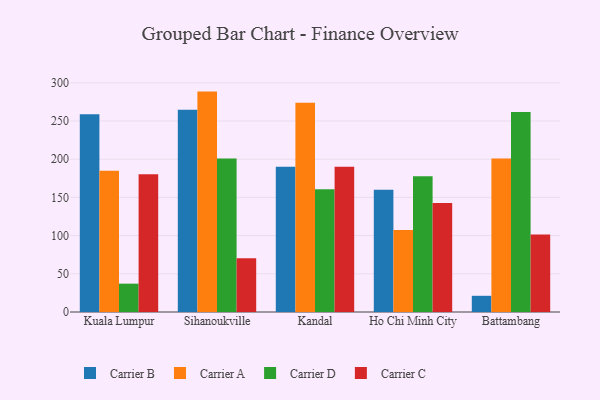
{"axis": {"x": "City", "y": "Inventory Turnover"}, "legend": ["Carrier A", "Carrier B", "Carrier C", "Carrier D"], "data": [{"x": "Kuala Lumpur", "y": 258.9, "type": "Carrier B"}, {"x": "Kuala Lumpur", "y": 184.8, "type": "Carrier A"}, {"x": "Kuala Lumpur", "y": 37.1, "type": "Carrier D"}, {"x": "Kuala Lumpur", "y": 180.4, "type": "Carrier C"}, {"x": "Sihanoukville", "y": 264.8, "type": "Carrier B"}, {"x": "Sihanoukville", "y": 288.5, "type": "Carrier A"}, {"x": "Sihanoukville", "y": 200.9, "type": "Carrier D"}, {"x": "Sihanoukville", "y": 70.3, "type": "Carrier C"}, {"x": "Kandal", "y": 190.0, "type": "Carrier B"}, {"x": "Kandal", "y": 273.8, "type": "Carrier A"}, {"x": "Kandal", "y": 160.6, "type": "Carrier D"}, {"x": "Kandal", "y": 190.2, "type": "Carrier C"}, {"x": "Ho Chi Minh City", "y": 160.0, "type": "Carrier B"}, {"x": "Ho Chi Minh City", "y": 107.5, "type": "Carrier A"}, {"x": "Ho Chi Minh City", "y": 177.7, "type": "Carrier D"}, {"x": "Ho Chi Minh City", "y": 142.6, "type": "Carrier C"}, {"x": "Battambang", "y": 21.2, "type": "Carrier B"}, {"x": "Battambang", "y": 200.9, "type": "Carrier A"}, {"x": "Battambang", "y": 261.7, "type": "Carrier D"}, {"x": "Battambang", "y": 101.6, "type": "Carrier C"}]}